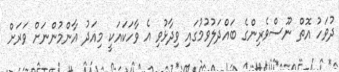
ދުވަހު އޮތް ނޫސްވެރިންގެ ބައްދަލުވުމުގައި ވިދާޅުވި އެ ވާހަކައަކީ މިއަދު އާންމުންނަށް ވަރަށް